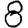
Digit: 8